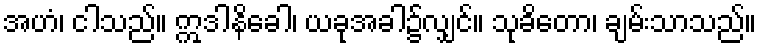
အဟံ၊ ငါသည်။ ဣဒါနိခေါ၊ ယခုအခါ၌လျှင်။ သုခိတော၊ ချမ်းသာသည်။